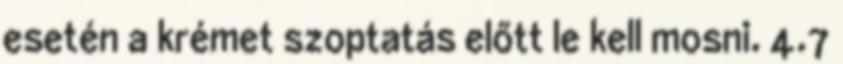
esetén a krémet szoptatás előtt le kell mosni. 4.7